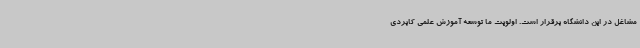
مشاغل در این دانشگاه برقرار است. اولویت ما توسعه آموزش علمی کابردی